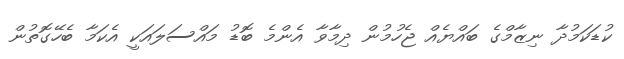
ކުޑަކަމުދާ ނިޒާމްގެ ބައްޔެއް ޖެހުމުން ދިމާވާ އެންމެ ބޮޑު މައްސަލައަކީ އެކަމާ ބެހޭގޮތުން